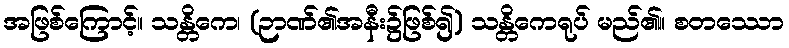
အဖြစ်ကြောင့်။ သန္တိကေ၊ (ဉာဏ်၏အနီး၌ဖြစ်၍) သန္တိကေရုပ် မည်၏။ စတဿော